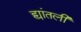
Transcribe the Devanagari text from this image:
ह्यांतली